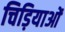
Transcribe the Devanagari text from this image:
चिड़ियाओं